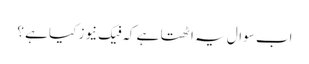
اب سوال یہ اٹھتا ہے کہ فیک نیوز کیا ہے ؟